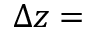
\Delta z =